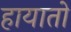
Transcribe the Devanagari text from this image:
हायातो